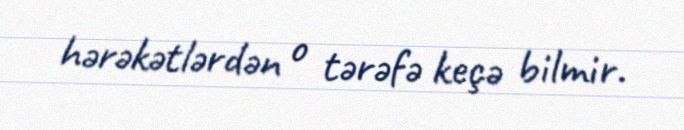
hərəkətlərdən o tərəfə keçə bilmir.